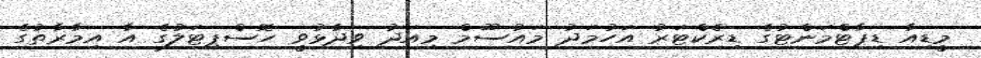
މީޑިއާ ޑިޕާޓްމަންޓުގެ ޑިރެކްޓަރު އަހުމަދު މައުސޫމް މިއަދު ވިދާޅުވީ ހޮސްޕިޓަލުގެ އާ އިމާރާތުގެ